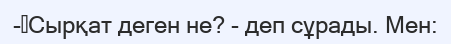
-	Сырқат деген не? - деп сұрады. Мен: